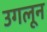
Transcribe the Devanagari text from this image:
उगलून